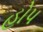
હોપ